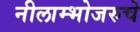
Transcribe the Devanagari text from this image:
नीलाम्भोजरुचे